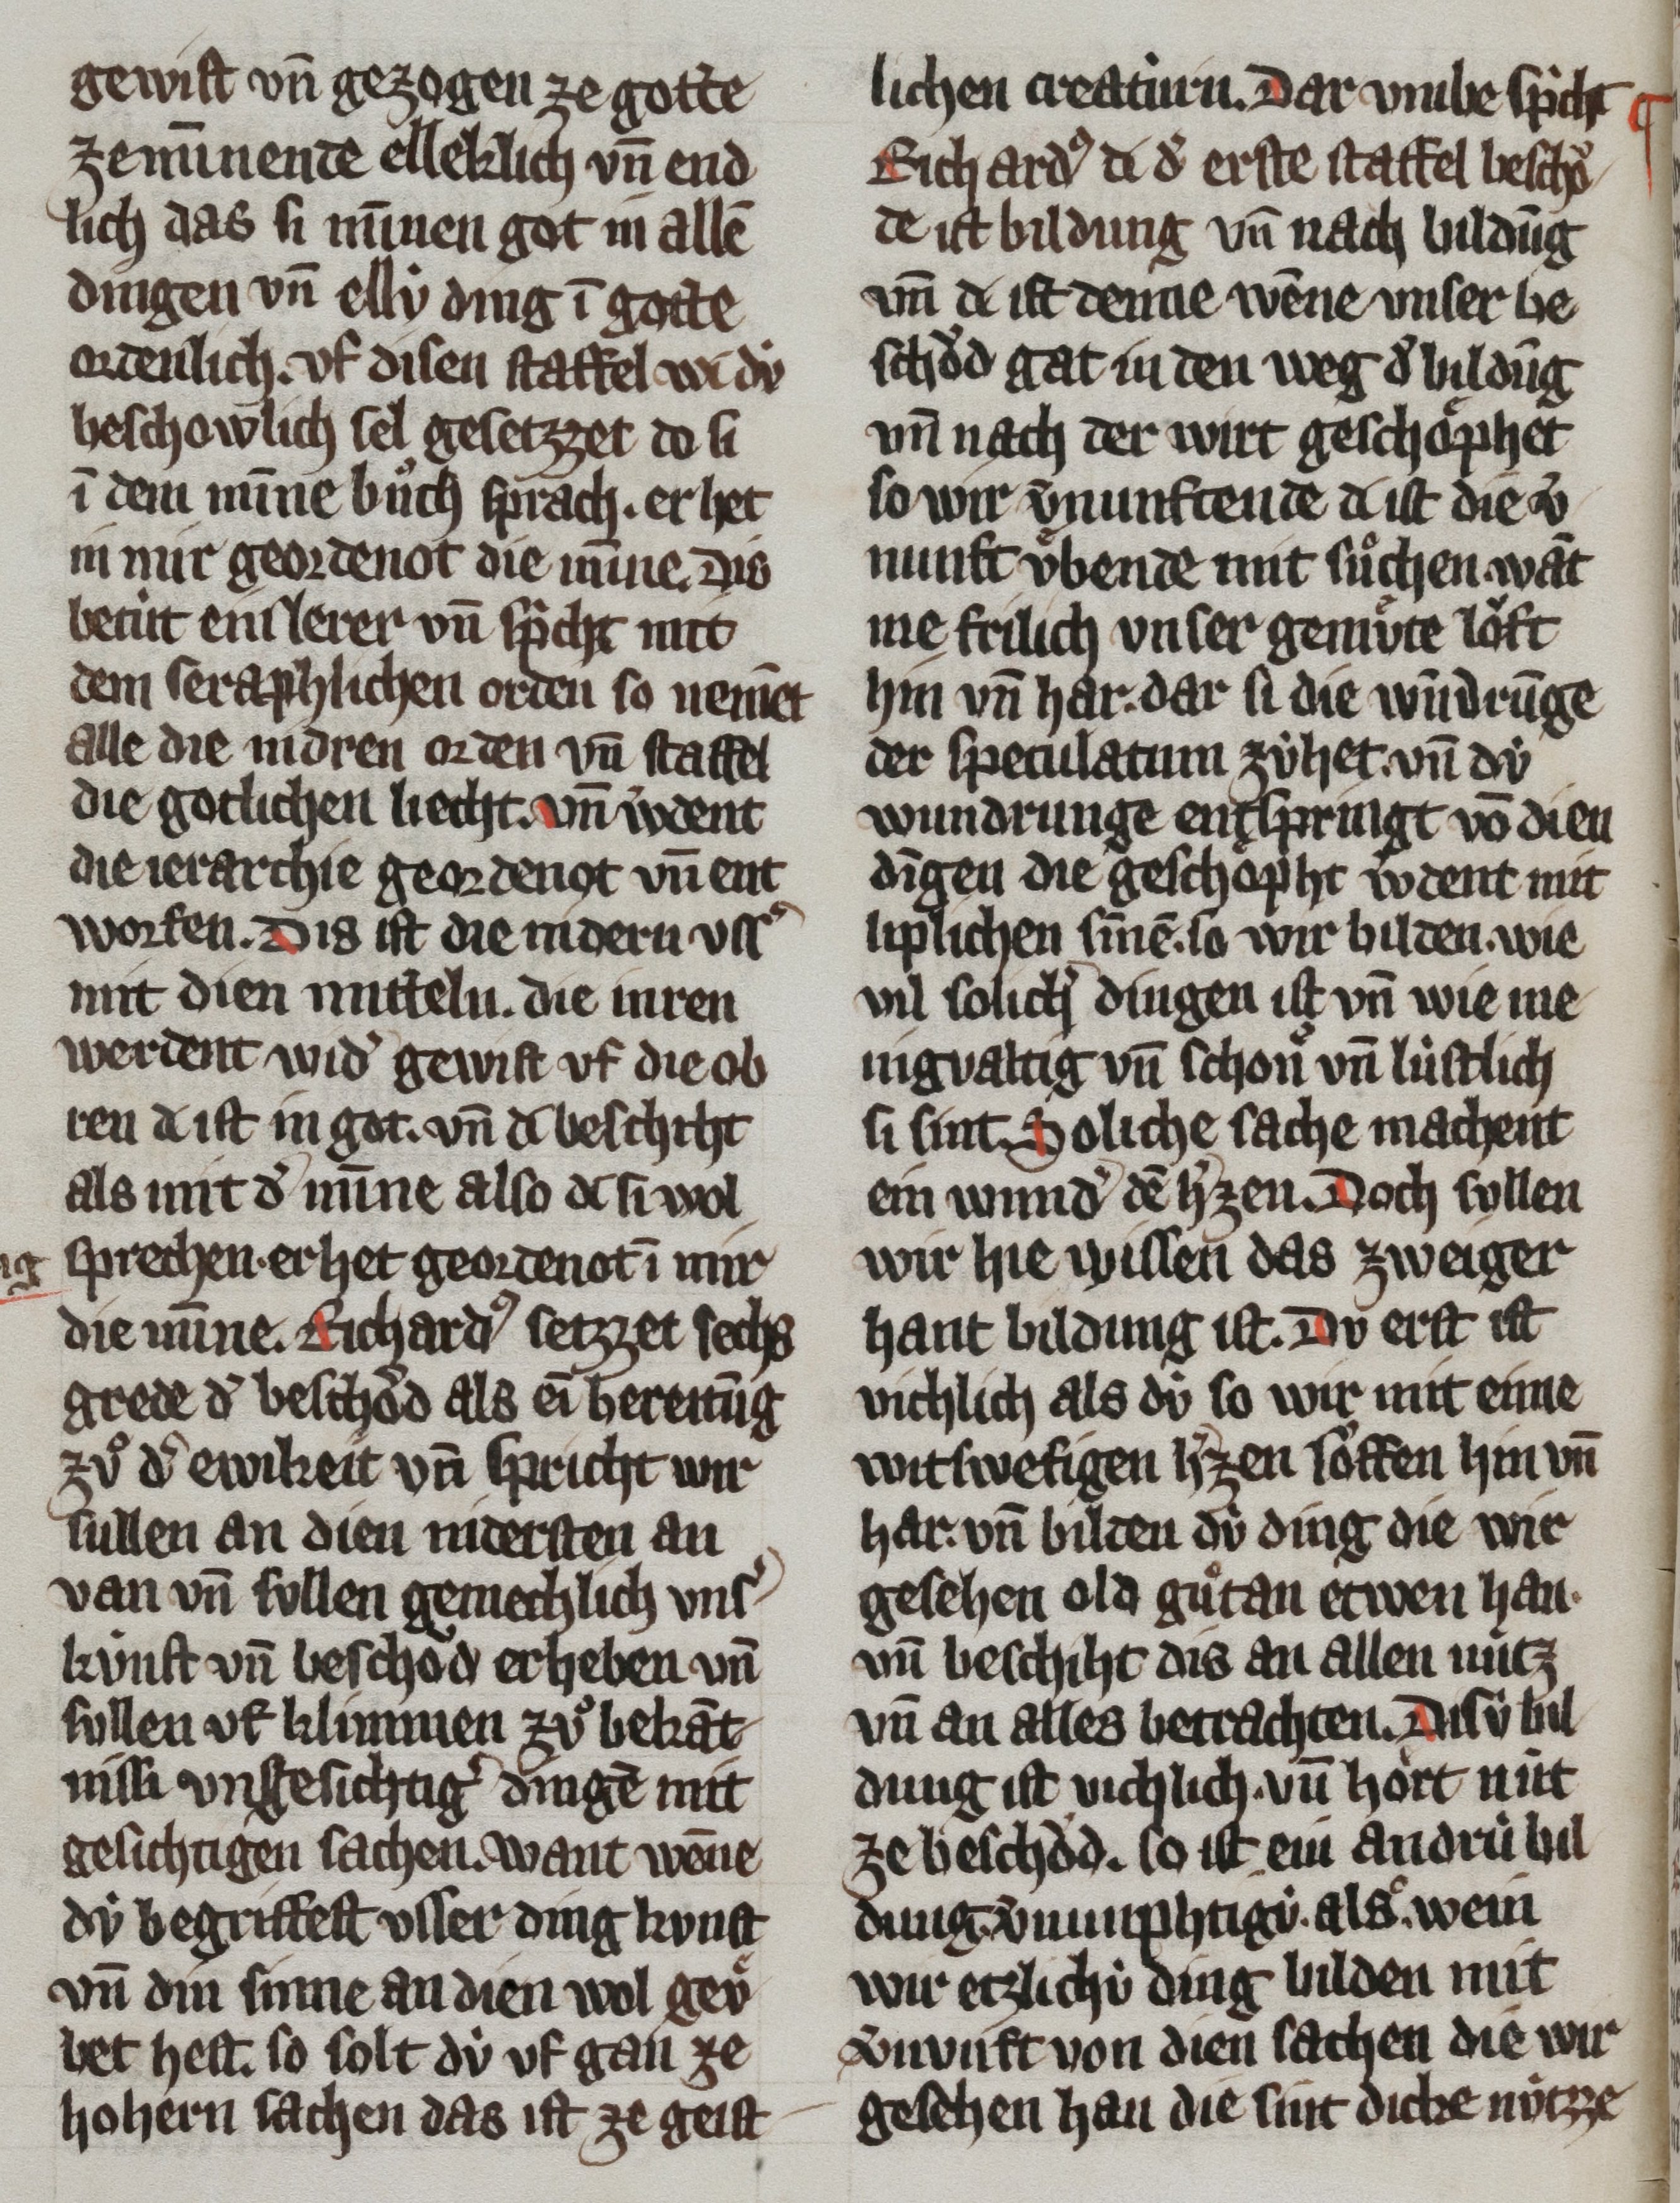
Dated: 1300–1399